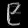
Digit: ၉